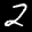
Label: 2